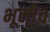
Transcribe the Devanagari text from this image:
भूमीच